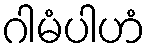
ဂါမံပါဟံ